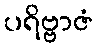
ပရိဗ္ဗာဇံ